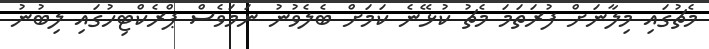
މެޗުގައި މިލާނަށް ފުރަތަމަ މެޗު ކުޅޭނެ ކަމަށް ބެލެވުނު ނަމަވެސް ޕްރެކްޓިހުގައި ލިބުނު